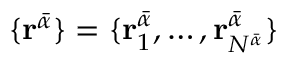
\{ \mathbf { r } ^ { \bar { \alpha } } \} = \{ \mathbf { r } _ { 1 } ^ { \bar { \alpha } } , \dots , \mathbf { r } _ { N ^ { \bar { \alpha } } } ^ { \bar { \alpha } } \}